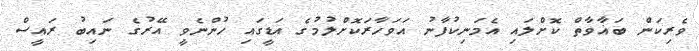
ވެރިކަން ބަޣާވާތް ކޮށްލައި އެމަނިކުފާނު އަވަހާރަކޮށްލުމުގެ އަޑީގައި ހުންނެވީ އޭރުގެ ނައިބު ރައީސް